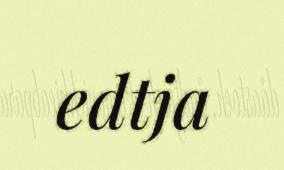
edtja